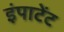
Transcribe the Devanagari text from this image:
इंपाटेंट